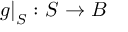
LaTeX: \left. g \right| _ { S } \colon S \to B